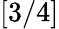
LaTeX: [3/4]